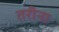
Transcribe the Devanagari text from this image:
तरीना